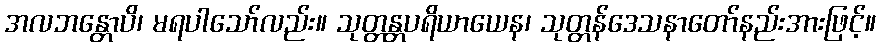
အလဘန္တောပိ၊ မရပါသော်လည်း။ သုတ္တန္တပရိယာယေန၊ သုတ္တန်ဒေသနာတော်နည်းအားဖြင့်။